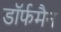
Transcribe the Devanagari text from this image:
डॉर्फमैन